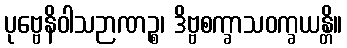
ပုဗ္ဗေနိဝါသဉာဏဉ္စ၊ ဒိဗ္ဗစက္ခာသဝက္ခယန္တိ။